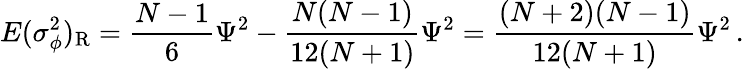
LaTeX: E(\sigma_{\phi}^{2})_{\mathrm R}={\frac{N-1}{6}}\Psi^{2}-{\frac{N(N-1)}{12(N+1)}}\Psi^{2}={\frac{(N+2)(N-1)}{12(N+1)}}\Psi^{2}\, .